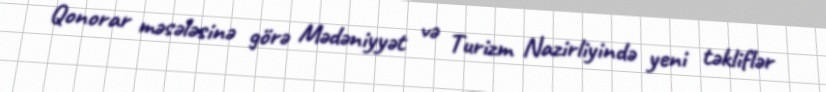
Qonorar məsələsinə görə Mədəniyyət və Turizm Nazirliyində yeni təkliflər